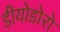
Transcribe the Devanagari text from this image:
डीयोडोरो